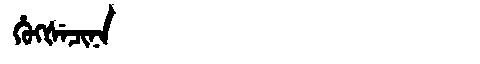
Manchu: ᡥᡠᡴᡧᡝᠴᡳᠨᠠ
Romanization: HUKŠECINA